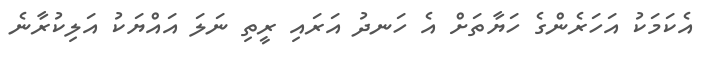
އެކަމަކު އަހަރެންގެ ހަޔާތަށް އެ ހަނދު އަރައި ރީތި ނަލަ އައްޔަކު އަލިކުރާނެ